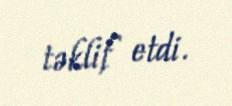
təklif etdi.